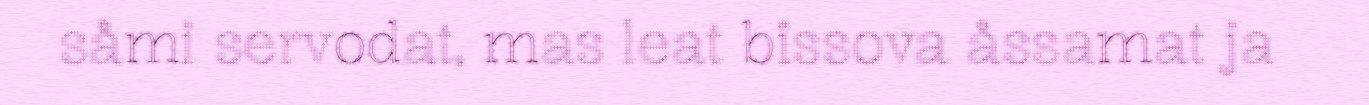
såmi servodat, mas leat bissova åssamat ja